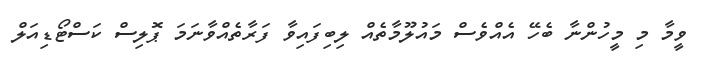
ވީމާ މި މީހުންނާ ބެހޭ އެއްވެސް މައުލޫމާތެއް ލިބިފައިވާ ފަރާތެއްވާނަމަ ޕޮލިސް ކަސްޓޯޑިއަލް